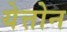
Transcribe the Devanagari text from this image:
येत्तोन